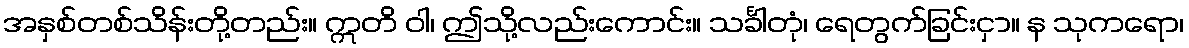
အနှစ်တစ်သိန်းတို့တည်း။ ဣတိ ဝါ၊ ဤသို့လည်းကောင်း။ သင်္ခါတုံ၊ ရေတွက်ခြင်းငှာ။ န သုကရော၊